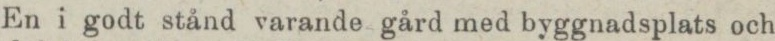
En i godt stånd varande gård med byggnadsplats och